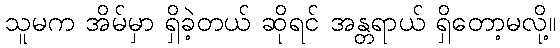
သူမက အိမ်မှာ ရှိခဲ့တယ် ဆိုရင် အန္တရာယ် ရှိတော့မလို့။